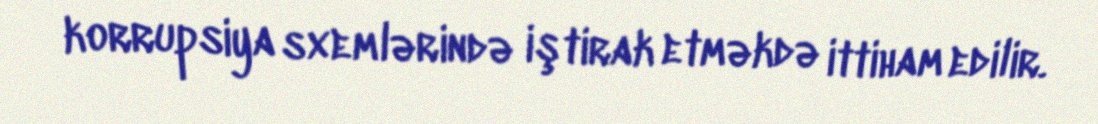
korrupsiya sxemlərində iştirak etməkdə ittiham edilir.